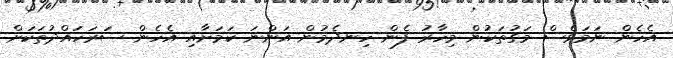
އެހެން ނަމަވެސް މަގުތަކުން މިހާރު ފެން ހިނދެމުން އަންނަ ކަމަށާއި އެހެން ސަރަހައްދުތަކަށް